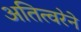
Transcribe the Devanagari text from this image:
अतित्वरेने